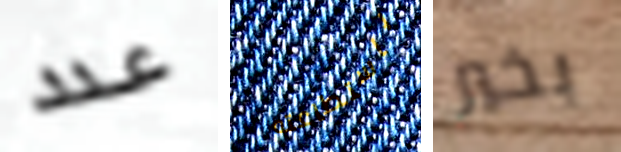
عدد باستطاعته بخير